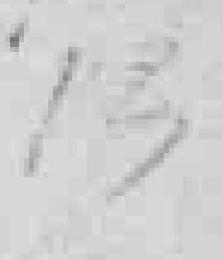
13